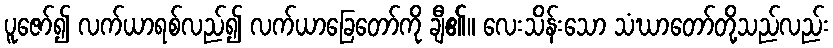
ပူဇော်၍ လက်ယာရစ်လည်၍ လက်ယာခြေတော်ကို ချီ၏။ လေးသိန်းသော သံဃာတော်တို့သည်လည်း